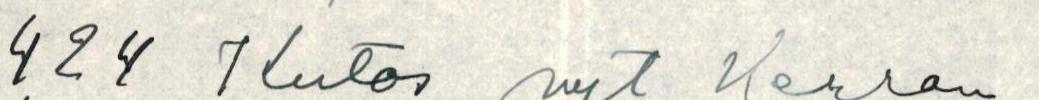
424 Kiitos nyt Herran